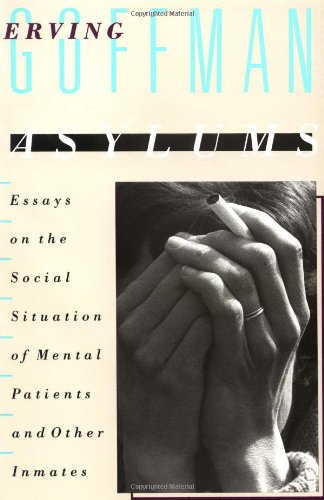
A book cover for Asylums: Essays on the Social Situation of Mental Patients and Other Inmates; Erving Goffman; Health, Fitness & Dieting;